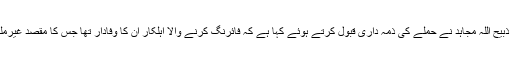
دوسری جانب طالبان ترجمان ذبیح اللہ مجاہد نے حملے کی ذمہ داری قبول کرتے ہوئے کہا ہے کہ فائرنگ کرنے والا اہلکار ان کا وفادار تھا جس کا مقصد غیرملکی فوجیوں کو نشانہ بنانا تھا۔